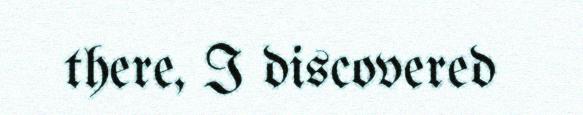
there, I discovered